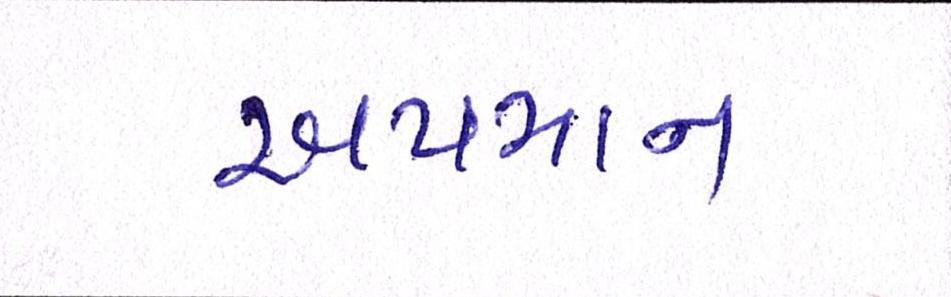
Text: અપમાન